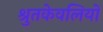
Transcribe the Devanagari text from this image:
श्रुतकेवलियों